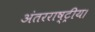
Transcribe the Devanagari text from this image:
अंतरराष्ट्रीय।